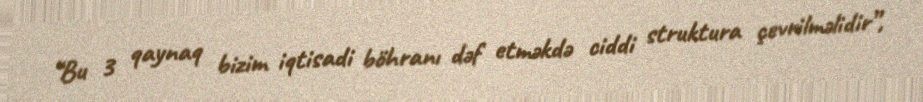
“Bu 3 qaynaq bizim iqtisadi böhranı dəf etməkdə ciddi struktura çevrilməlidir”,